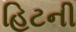
હિટની